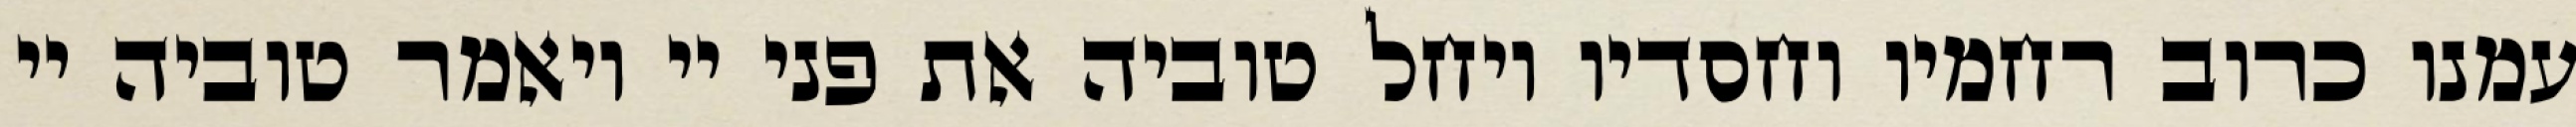
עמנו כרוב רחמיו וחסדיו ויחל טוביה את פני יי ויאמר טוביה יי